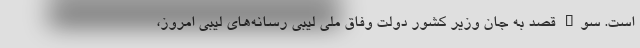
است. سوء قصد به جان وزیر کشور دولت وفاق ملی لیبی رسانه‌های لیبی امروز،